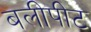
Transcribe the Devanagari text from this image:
बलीपीट